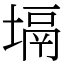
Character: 塥